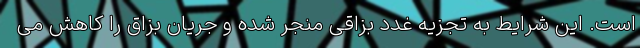
است. این شرایط به تجزیه غدد بزاقی منجر شده و جریان بزاق را کاهش می